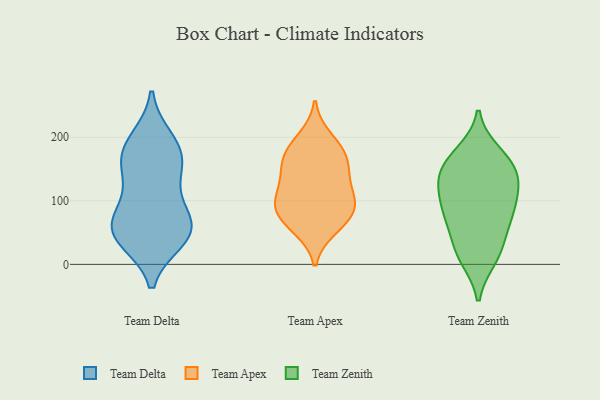
{"axis": {"x": "Temperature (°C)", "y": "Value"}, "legend": ["Team Apex", "Team Delta", "Team Zenith"], "data": [{"x": "", "y": 168, "type": "Team Delta"}, {"x": "", "y": 50, "type": "Team Delta"}, {"x": "", "y": 60, "type": "Team Delta"}, {"x": "", "y": 140, "type": "Team Delta"}, {"x": "", "y": 44, "type": "Team Delta"}, {"x": "", "y": 66, "type": "Team Delta"}, {"x": "", "y": 106, "type": "Team Delta"}, {"x": "", "y": 181, "type": "Team Delta"}, {"x": "", "y": 195, "type": "Team Delta"}, {"x": "", "y": 62, "type": "Team Delta"}, {"x": "", "y": 166, "type": "Team Delta"}, {"x": "", "y": 40, "type": "Team Delta"}, {"x": "", "y": 98, "type": "Team Apex"}, {"x": "", "y": 106, "type": "Team Apex"}, {"x": "", "y": 199, "type": "Team Apex"}, {"x": "", "y": 168, "type": "Team Apex"}, {"x": "", "y": 136, "type": "Team Apex"}, {"x": "", "y": 56, "type": "Team Apex"}, {"x": "", "y": 182, "type": "Team Apex"}, {"x": "", "y": 152, "type": "Team Apex"}, {"x": "", "y": 126, "type": "Team Apex"}, {"x": "", "y": 84, "type": "Team Apex"}, {"x": "", "y": 61, "type": "Team Apex"}, {"x": "", "y": 84, "type": "Team Apex"}, {"x": "", "y": 89, "type": "Team Apex"}, {"x": "", "y": 169, "type": "Team Apex"}, {"x": "", "y": 118, "type": "Team Zenith"}, {"x": "", "y": 87, "type": "Team Zenith"}, {"x": "", "y": 10, "type": "Team Zenith"}, {"x": "", "y": 165, "type": "Team Zenith"}, {"x": "", "y": 126, "type": "Team Zenith"}, {"x": "", "y": 27, "type": "Team Zenith"}, {"x": "", "y": 67, "type": "Team Zenith"}, {"x": "", "y": 76, "type": "Team Zenith"}, {"x": "", "y": 139, "type": "Team Zenith"}, {"x": "", "y": 158, "type": "Team Zenith"}, {"x": "", "y": 83, "type": "Team Zenith"}, {"x": "", "y": 175, "type": "Team Zenith"}, {"x": "", "y": 17, "type": "Team Zenith"}, {"x": "", "y": 133, "type": "Team Zenith"}]}